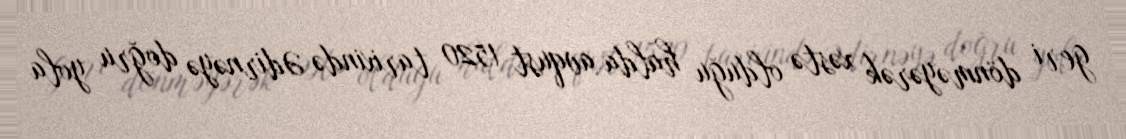
geri dönməyərək xəstə olduğu halda avqust 1520 tarixində Ədirnəyə doğru yola